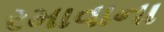
રમાવાના